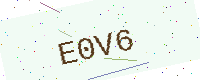
Text: E0V6